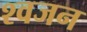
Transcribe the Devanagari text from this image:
श्वजन